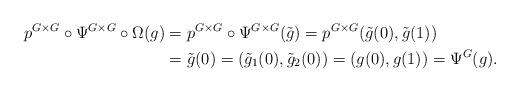
LaTeX: \begin{align*}p^{G \times G} \circ \Psi^{G \times G} \circ \Omega(g)&=p^{G \times G} \circ \Psi^{G \times G} (\tilde{g})=p^{G \times G} (\tilde{g}(0), \tilde{g}(1))\\&=\tilde{g}(0) = (\tilde{g}_1(0), \tilde{g}_2(0)) = (g(0), g(1)) = \Psi^G(g).\end{align*}